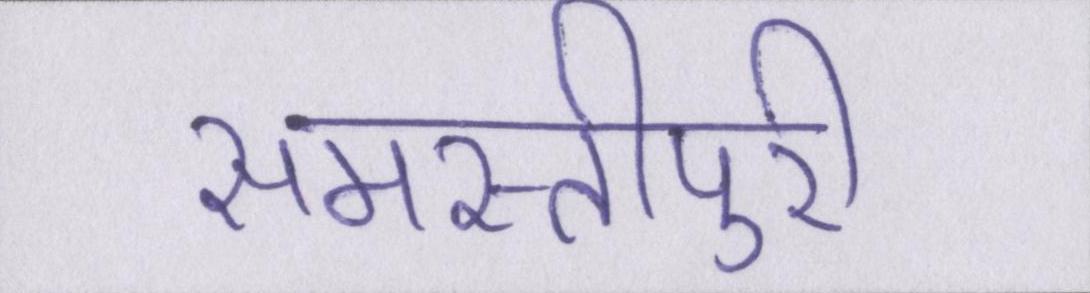
समस्तीपुरी